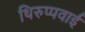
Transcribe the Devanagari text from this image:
थिरुप्पवाई